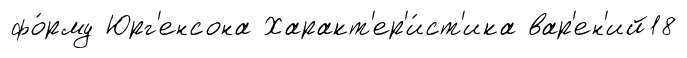
фо́рму Юрг'енсона Характ'ер'и́ст'ика вар'ен'ий18